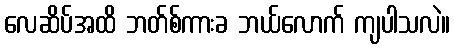
လေဆိပ်အထိ ဘတ်စ်ကားခ ဘယ်လောက် ကျပါသလဲ။